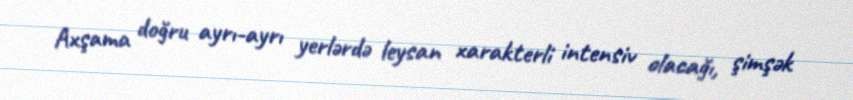
Axşama doğru ayrı-ayrı yerlərdə leysan xarakterli intensiv olacağı, şimşək